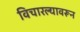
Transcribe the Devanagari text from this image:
विचारल्यावरून